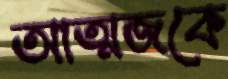
আত্মজকে